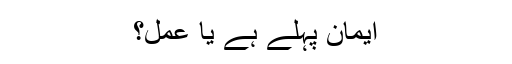
ایمان پہلے ہے یا عمل؟